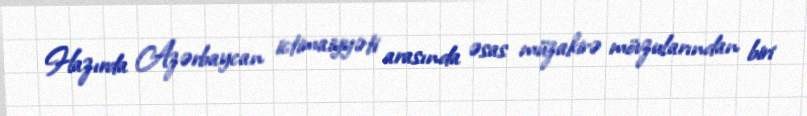
Hazırda Azərbaycan ictimaiyyəti arasında əsas müzakirə mövzularından biri